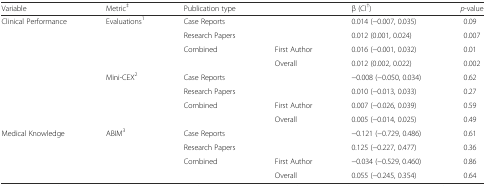
<table><thead><tr><td><b>Variable</b></td><td><b>Metric<sup>‡</sup></b></td><td><b>Publication type</b></td><td></td><td><b>β (CI<sup>†</sup>)</b></td><td><b><i>p</i>-value</b></td></tr></thead><tbody><tr><td>Clinical Performance</td><td>Evaluations<sup>1</sup></td><td>Case Reports</td><td></td><td>0.014 (−0.007, 0.035)</td><td>0.09</td></tr><tr><td></td><td></td><td>Research Papers</td><td></td><td>0.012 (0.001, 0.024)</td><td>0.007</td></tr><tr><td></td><td></td><td>Combined</td><td>First Author</td><td>0.016 (−0.001, 0.032)</td><td>0.01</td></tr><tr><td></td><td></td><td></td><td>Overall</td><td>0.012 (0.002, 0.022)</td><td>0.002</td></tr><tr><td></td><td>Mini-CEX<sup>2</sup></td><td>Case Reports</td><td></td><td>−0.008 (−0.050, 0.034)</td><td>0.62</td></tr><tr><td></td><td></td><td>Research Papers</td><td></td><td>0.010 (−0.013, 0.033)</td><td>0.27</td></tr><tr><td></td><td></td><td>Combined</td><td>First Author</td><td>0.007 (−0.026, 0.039)</td><td>0.59</td></tr><tr><td></td><td></td><td></td><td>Overall</td><td>0.005 (−0.014, 0.025)</td><td>0.49</td></tr><tr><td>Medical Knowledge</td><td>ABIM<sup>3</sup></td><td>Case Reports</td><td></td><td>−0.121 (−0.729, 0.486)</td><td>0.61</td></tr><tr><td></td><td></td><td>Research Papers</td><td></td><td>0.125 (−0.227, 0.477)</td><td>0.36</td></tr><tr><td></td><td></td><td>Combined</td><td>First Author</td><td>−0.034 (−0.529, 0.460)</td><td>0.86</td></tr><tr><td></td><td></td><td></td><td>Overall</td><td>0.055 (−0.245, 0.354)</td><td>0.64</td></tr></tbody></table>